Vaccination North-Western Provinces and Oudh 1878-1895 - 1878-1895
Year: 1878
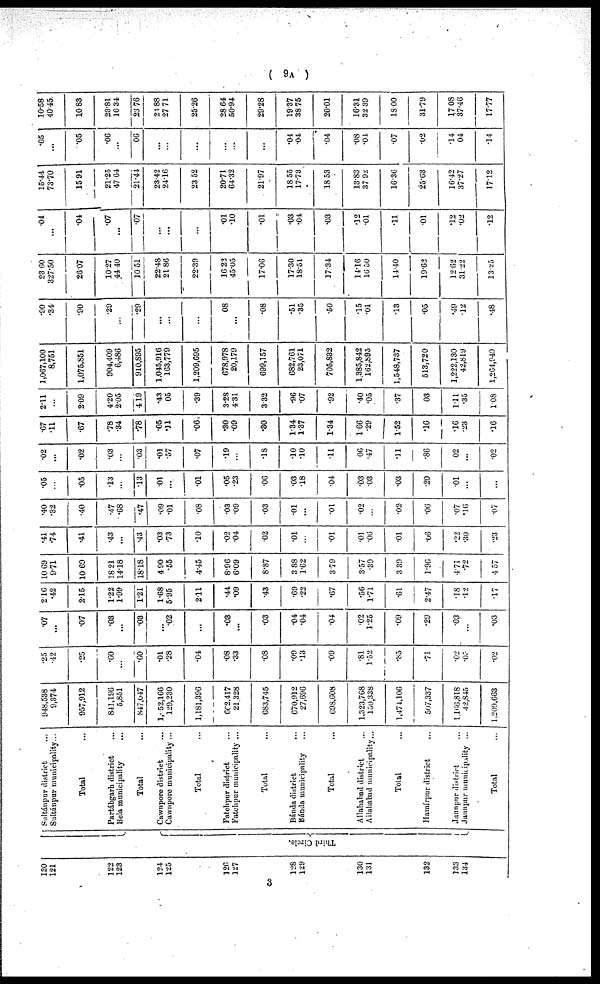
( 9A )
120
121
122
123
124
125
126
127
128
129
130
131
132
133
134
Third Circle.
Sultánpur district...
Sultánpur municipality...
Total...
Partábgarh district...
Bela municipality...
Total...
Cawnpore district...
Cawnpore municipality...
Total...
Fatehpur district...
Fatehpur municipality...
Total...
Bánda district...
Bánda municipality...
Total...
Allahabad district...
Allahabad municipality...
Total...
Hamírpur district...
Jaunpur district...
Jaunpur municipality...
Total...
948,538
9,374
957,912
841,196
5,851
847,047
1,052,166
129,230
1,181,396
662,417
21.328
683,745
670,912
27,696
698,608
1,323,768
150,338
1,474,106
507,337
1,166,818
42,845
1,209,663
.25
.42
.25
.60
...
.60
.01
.28
.04
.08
.33
.08
.09
.13
.09
.81
1.52
.85
.71
.02
.05
.02
.07
...
.07
.03
...
.03
...
.02
...
.03
...
.03
.04
.04
.04
.02
1.25
.09
.29
.03
...
.03
2.16
.42
2.15
1.22
1.99
1.21
1.68
5.95
2.11
.44
.09
.43
.69
.22
.67
.56
1.71
.61
2.47
.18
.12
.17
10.69
9.71
10.69
18.21
14.18
18.18
4.90
.55
4.45
8.96
6.09
8.87
3.88
1.62
3.79
3.57
.39
3.39
1.96
4.71
.72
4.57
.41
.74
.41
.43
...
.43
.03
.73
.10
.02
.04
.02
.01
...
.01
.01
.06
.01
.06
.22
.30
.23
.40
.32
.40
.47
.68
.47
.09
.01
.08
.03
.09
.03
.01
...
.01
.02
...
.02.
.06
.07
.16
.07
.05
...
.05
.13
...
.13
01
...
.01
.05
.23
.06
.03
.18
.04
.03
.03
.03
.20
.01
...
...
.02
...
.02
.03
...
.03
.01
.57
.07
.19
...
.18
.10
.10
.11
.06
.47
.11
.86
.02
...
.02
.67
.11
.67
.78
.34
.78
.05
.11
.06
.30
.09
.30
1.34
1.37
1.34
166
.29
1.52
.16
.16
.23
.16
2.11
...
2.09
4.20
2.05
4.19
.43
.05
.39
3.28
4.31
3.32
.96
.07
.92
.40
.05
.37
.03
1.11
.35
1.08
1,067,100
8,751
1,075,851
904,409
6,486
910,895
1,045,916
163,779
1,209,695
678,978
20,179
699,157
682,761
23,071
705,832
1,385,842
162,895
1,548,737
513,720
1,222,130
42,819
1,264,949
.90
.34
.90
.29
...
.29
...
...
...
.08
...
.08
.51
.35
.50
.15
.01
.13
.05
.49
.12
.48
23.60
327.50
26.07
10.27
44.40
10.51
22.48
21.86
22.39
16.22
45.05
17.06
17.30
18.51
17.34
14.16
16.50
14.40
19.62
12.62
31.22
13.25
.04
...
.04
.07
...
.07
...
...
...
.01
.10
.01
.03
.04
.03
.12
.01
.11
.01
.12
.02
.12
15.44
73.70
15.91
21.25
47.64
21.44
23.42
24.16
23.52
20.71
64.32
21.97
18.55
17.73
18.53
13.83
37.92
16.36
25.63
16.42
37.27
17.12
.05
...
.05
.06
...
.06
...
...
...
...
...
...
.04
.04
.04
.08
.04
.07
02
.14
.04
.14
10.58
40.45
10.83
23.81
16.34
23.76
21.88
27.71
25.26
28.64
50.94
29.28
19.37
38.75
20.01
16.31
32.39
18.00
31.79
17.08
37.46
17.77
3